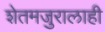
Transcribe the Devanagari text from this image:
शेतमजुरालाही